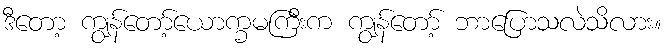
ဒီတော့ ကျွန်တော့်ယောက္ခမကြီးက ကျွန်တော့် ဘာပြောသလဲသိလား။